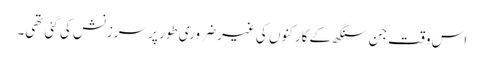
اس وقت جن سنگھ کے کارکنوں کی غیر ضروری طور پر سرزنش کی گئی تھی۔